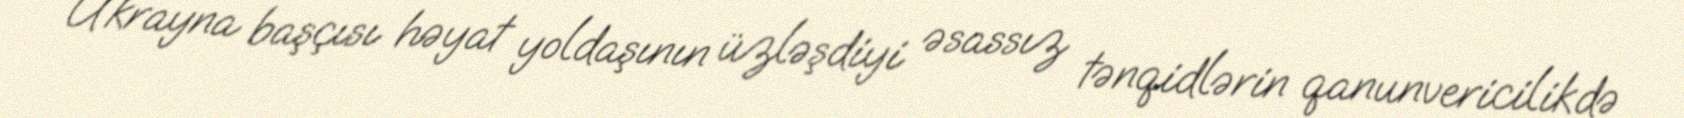
Ukrayna başçısı həyat yoldaşının üzləşdiyi əsassız tənqidlərin qanunvericilikdə